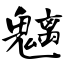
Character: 魑